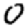
Digit: 0